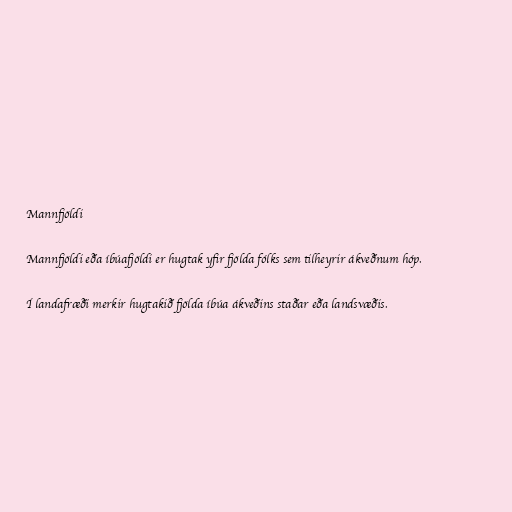
Mannfjöldi

Mannfjöldi eða íbúafjöldi er hugtak yfir fjölda fólks sem tilheyrir ákveðnum hóp.

Í landafræði merkir hugtakið fjölda íbúa ákveðins staðar eða landsvæðis.